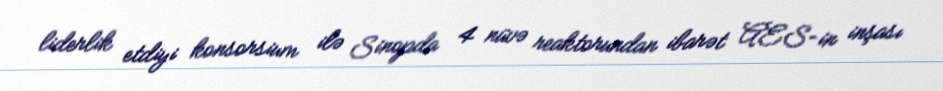
liderlik etdiyi konsorsium ilə Sinopda 4 nüvə reaktorundan ibarət AES-in inşası